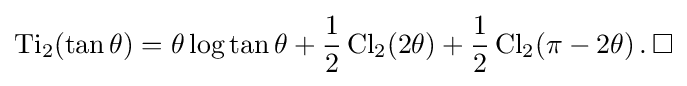
\operatorname {Ti} _{2}(\tan \theta )=\theta \log \tan \theta +{\frac {1}{2}}\operatorname {Cl} _{2}(2\theta )+{\frac {1}{2}}\operatorname {Cl} _{2}(\pi -2\theta )\,.\,\Box